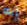
إنه